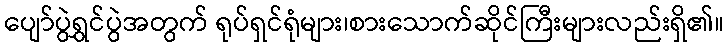
ပျော်ပွဲရွှင်ပွဲအတွက် ရုပ်ရှင်ရုံများ၊စားသောက်ဆိုင်ကြီးများလည်းရှိ၏။